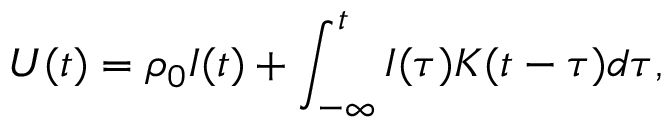
U ( t ) = \rho _ { 0 } I ( t ) + \int _ { - \infty } ^ { t } I ( \tau ) K ( t - \tau ) d \tau ,